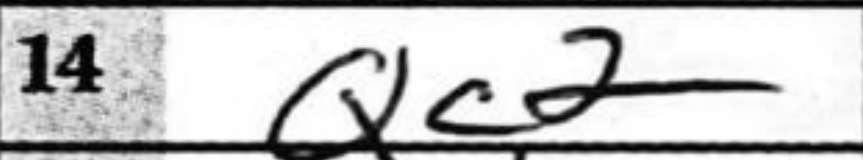
Transcription: Qc2